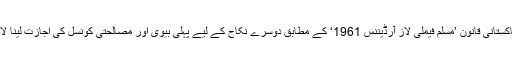
دوسرے نکاح کے لیے شوہر پہلی بیوی سے اجازت لینے کا شرعاً تو پابند نہیں ہے البتہ پاکستانی قانون ’مسلم فیملی لاز آرڈیننس 1961‘ کے مطابق دوسرے نکاح کے لیے پہلی بیوی اور مصالحتی کونسل کی اجازت لینا لازم ہے اور بغیر اجازت دوسری شادی کرنے والے شخص کو سزا اور جرمانہ ہوسکتا ہے۔